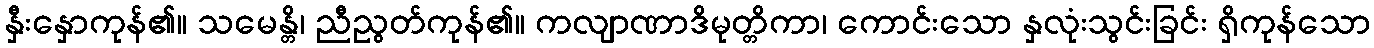
နှီးနှောကုန်၏။ သမေန္တိ၊ ညီညွတ်ကုန်၏။ ကလျာဏာဒိမုတ္တိကာ၊ ကောင်းသော နှလုံးသွင်းခြင်း ရှိကုန်သော